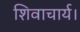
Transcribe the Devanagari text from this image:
शिवाचार्य।